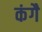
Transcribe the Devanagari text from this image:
कंगै